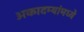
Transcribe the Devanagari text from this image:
अकादम्यांमध्ये